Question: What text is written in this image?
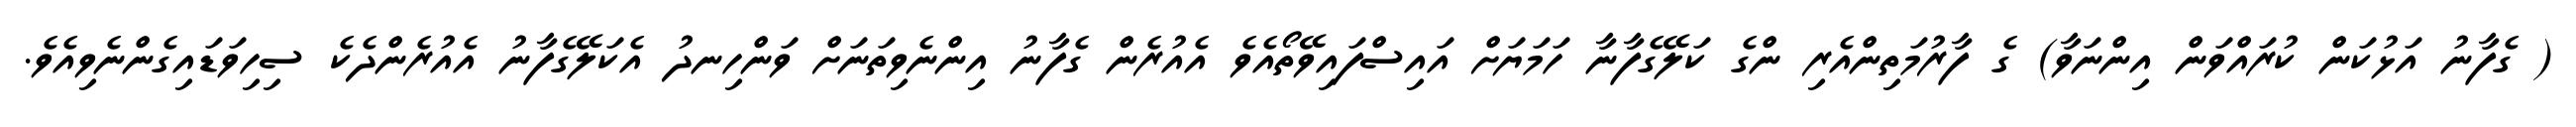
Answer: ( ގެފާނު އަޅުކަން ކުރައްވަން އިންނަވާ) ގެ ފާރުމަތިންއެރި ންގެ ކަލޭގެފާނާ ހަމަޔަށް އައިސްފައިވޭތޯއެވެ އެއުރެން ގެފާނު އިންނެވިތަނަށް ވަންހިނދު އެކަލޭގެފާނު އެއުރެންދެކެ ސިހިވަޑައިގެންނެވިއެވެ.